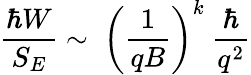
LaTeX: \frac{\hbar W}{S_{E}}\sim\; \biggl(\frac{1}{qB}\biggr)^{k}\: \frac{\hbar}{q^{2}}